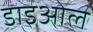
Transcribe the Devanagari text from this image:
डाइओल